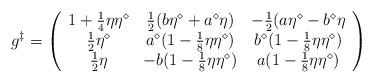
LaTeX: \begin{align*}g^\ddag=\left(\begin{array}{ccc}1+{1\over 4}\eta\eta^\diamond&{1\over 2}(b\eta^\diamond+a^\diamond\eta)&-{1\over 2}(a\eta^\diamond-b^\diamond\eta\\{1\over 2}\eta^\diamond&a^\diamond(1-{1\over 8}\eta\eta^\diamond)&b^\diamond(1-{1\over 8}\eta\eta^\diamond)\\{1\over 2}\eta&-b(1-{1\over 8}\eta\eta^\diamond)& a(1-{1\over 8}\eta\eta^\diamond)\end{array}\right)\end{align*}